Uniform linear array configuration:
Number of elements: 48
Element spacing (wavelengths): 0.5
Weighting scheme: kaiser
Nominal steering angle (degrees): -45
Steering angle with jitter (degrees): -44.734
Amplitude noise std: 0.05
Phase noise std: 0.05

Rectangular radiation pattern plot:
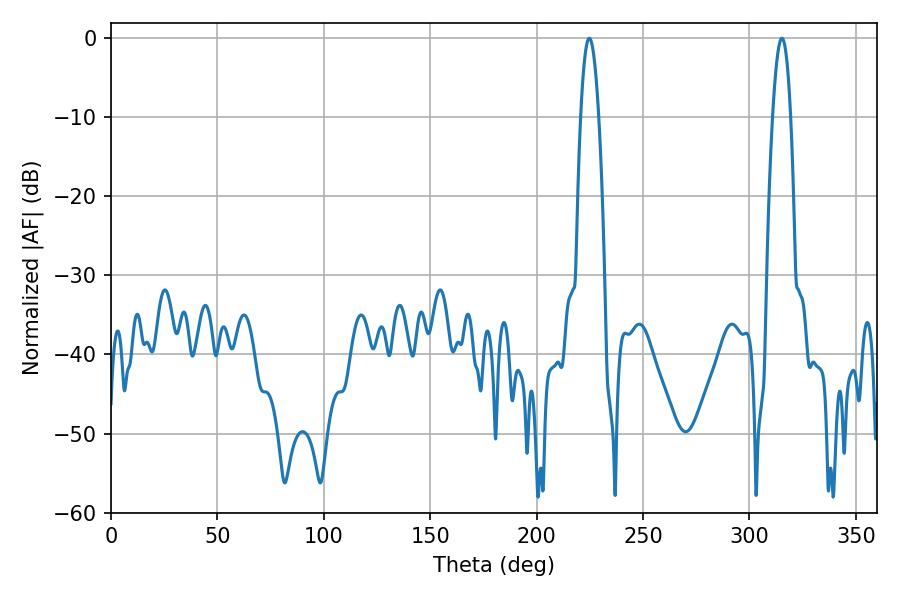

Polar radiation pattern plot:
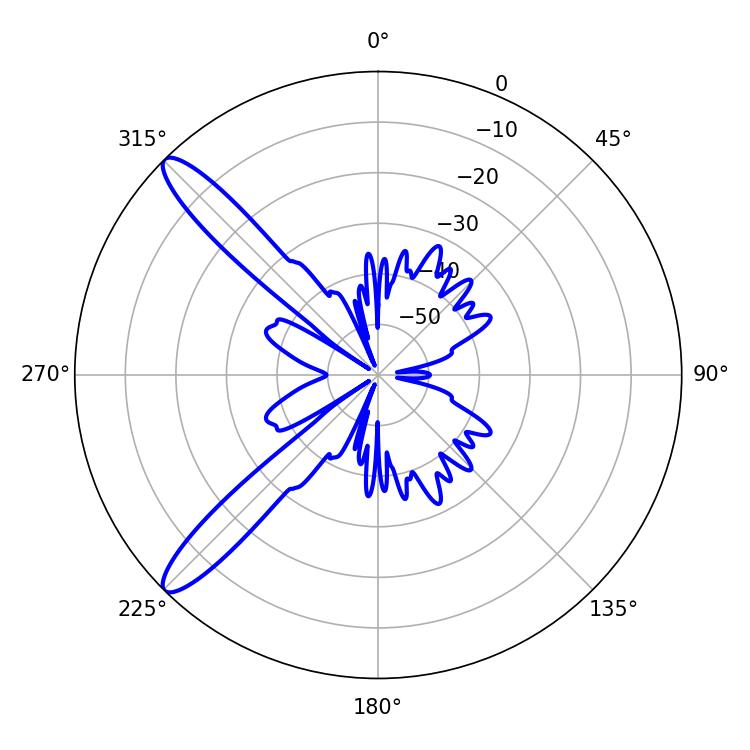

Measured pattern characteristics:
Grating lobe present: FALSE
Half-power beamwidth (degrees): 4.68
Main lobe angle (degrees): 315.18